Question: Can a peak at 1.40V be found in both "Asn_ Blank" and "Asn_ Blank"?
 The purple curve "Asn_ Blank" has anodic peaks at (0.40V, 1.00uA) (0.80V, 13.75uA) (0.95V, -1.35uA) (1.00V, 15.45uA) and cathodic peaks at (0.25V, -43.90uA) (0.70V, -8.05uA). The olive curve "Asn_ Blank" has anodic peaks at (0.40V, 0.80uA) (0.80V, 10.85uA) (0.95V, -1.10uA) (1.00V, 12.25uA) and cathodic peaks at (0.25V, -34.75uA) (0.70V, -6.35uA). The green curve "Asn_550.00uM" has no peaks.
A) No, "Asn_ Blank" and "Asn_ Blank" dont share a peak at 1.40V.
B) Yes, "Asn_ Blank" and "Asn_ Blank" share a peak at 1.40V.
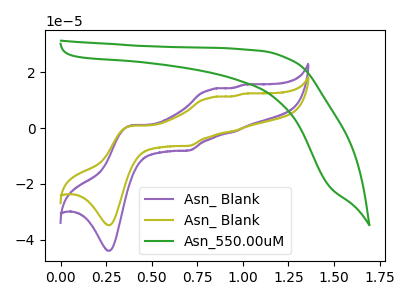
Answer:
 <answer>A) No, "Asn_ Blank" and "Asn_ Blank" dont share a peak at 1.40V.</answer>
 <eval>A</eval>